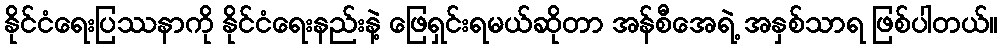
နိုင်ငံရေးပြဿနာကို နိုင်ငံရေးနည်းနဲ့ ဖြေရှင်းရမယ်ဆိုတာ အန်စီအေရဲ့ အနှစ်သာရ ဖြစ်ပါတယ်။